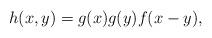
LaTeX: \begin{align*}h(x,y) = g(x)g(y)f(x-y),\end{align*}